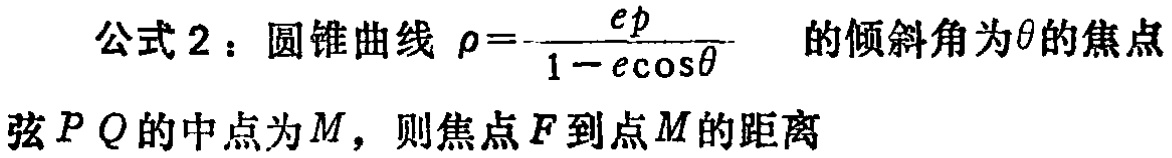
公式2：圆锥曲线\(\rho = \frac{ep}{1 - e\cos\theta}\) 的倾斜角为\(\theta\)的焦点弦\(PQ\)的中点为\(M\)，则焦点\(F\)到点\(M\)的距离